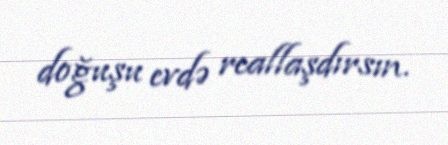
doğuşu evdə reallaşdırsın.